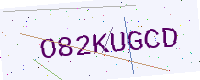
Text: O82KUGCD